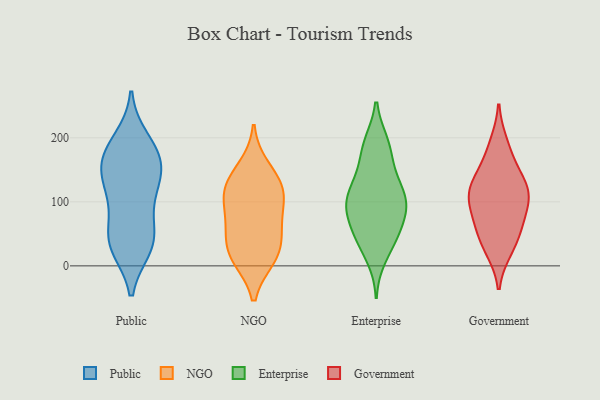
{"axis": {"x": "Temperature (°C)", "y": "Value"}, "legend": ["Enterprise", "Government", "NGO", "Public"], "data": [{"x": "", "y": 155, "type": "Public"}, {"x": "", "y": 106, "type": "Public"}, {"x": "", "y": 31, "type": "Public"}, {"x": "", "y": 30, "type": "Public"}, {"x": "", "y": 173, "type": "Public"}, {"x": "", "y": 38, "type": "Public"}, {"x": "", "y": 152, "type": "Public"}, {"x": "", "y": 42, "type": "Public"}, {"x": "", "y": 182, "type": "Public"}, {"x": "", "y": 121, "type": "Public"}, {"x": "", "y": 59, "type": "Public"}, {"x": "", "y": 162, "type": "Public"}, {"x": "", "y": 120, "type": "Public"}, {"x": "", "y": 196, "type": "Public"}, {"x": "", "y": 12, "type": "NGO"}, {"x": "", "y": 154, "type": "NGO"}, {"x": "", "y": 22, "type": "NGO"}, {"x": "", "y": 117, "type": "NGO"}, {"x": "", "y": 118, "type": "NGO"}, {"x": "", "y": 104, "type": "NGO"}, {"x": "", "y": 61, "type": "NGO"}, {"x": "", "y": 76, "type": "NGO"}, {"x": "", "y": 12, "type": "NGO"}, {"x": "", "y": 47, "type": "NGO"}, {"x": "", "y": 129, "type": "NGO"}, {"x": "", "y": 56, "type": "Enterprise"}, {"x": "", "y": 192, "type": "Enterprise"}, {"x": "", "y": 110, "type": "Enterprise"}, {"x": "", "y": 181, "type": "Enterprise"}, {"x": "", "y": 89, "type": "Enterprise"}, {"x": "", "y": 46, "type": "Enterprise"}, {"x": "", "y": 122, "type": "Enterprise"}, {"x": "", "y": 13, "type": "Enterprise"}, {"x": "", "y": 89, "type": "Enterprise"}, {"x": "", "y": 106, "type": "Enterprise"}, {"x": "", "y": 85, "type": "Enterprise"}, {"x": "", "y": 139, "type": "Enterprise"}, {"x": "", "y": 88, "type": "Enterprise"}, {"x": "", "y": 192, "type": "Enterprise"}, {"x": "", "y": 109, "type": "Enterprise"}, {"x": "", "y": 46, "type": "Enterprise"}, {"x": "", "y": 155, "type": "Enterprise"}, {"x": "", "y": 39, "type": "Enterprise"}, {"x": "", "y": 34, "type": "Government"}, {"x": "", "y": 108, "type": "Government"}, {"x": "", "y": 65, "type": "Government"}, {"x": "", "y": 116, "type": "Government"}, {"x": "", "y": 190, "type": "Government"}, {"x": "", "y": 62, "type": "Government"}, {"x": "", "y": 84, "type": "Government"}, {"x": "", "y": 129, "type": "Government"}, {"x": "", "y": 165, "type": "Government"}, {"x": "", "y": 26, "type": "Government"}, {"x": "", "y": 109, "type": "Government"}, {"x": "", "y": 128, "type": "Government"}]}